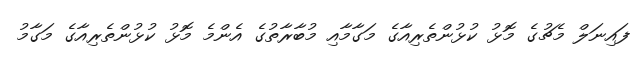
ފައިނަލް މެޗުގެ މޮޅު ކުޅުންތެރިއާގެ މަގާމާއި މުބާރާތުގެ އެންމެ މޮޅު ކުޅުންތެރިއާގެ މަގާމު